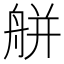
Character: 䑫